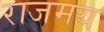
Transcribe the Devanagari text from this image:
राजमय